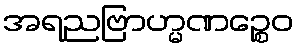
အရညဗြာဟ္မဏဉ္စေဝ